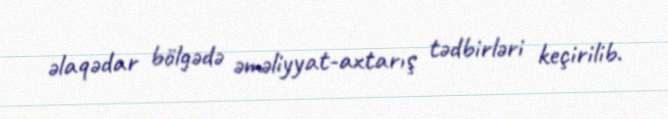
əlaqədar bölgədə əməliyyat-axtarış tədbirləri keçirilib.